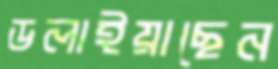
ডলাইয়াছেন